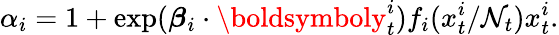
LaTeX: \alpha_{i}=1+\exp(\boldsymbol\beta_{i}\cdot\boldsymboly_{t}^{i})f_{i}(x_{t}^{i}/\mathcal{N}_{t})x_{t}^{i}.